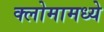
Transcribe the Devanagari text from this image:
क्लोमामध्ये